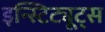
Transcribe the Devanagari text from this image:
इन्स्टिट्यूट्‌स